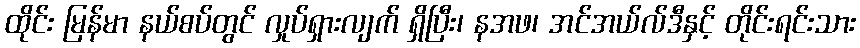
ထိုင်း မြန်မာ နယ်စပ်တွင် လှုပ်ရှားလျက် ရှိပြီး၊ နအဖ၊ အင်အယ်လ်ဒီနှင့် တိုင်းရင်းသား